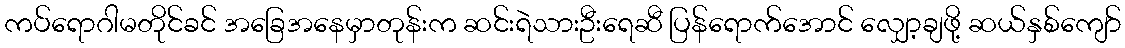
ကပ်ရောဂါမတိုင်ခင် အခြေအနေမှာတုန်းက ဆင်းရဲသားဦးရေဆီ ပြန်ရောက်အောင် လျှော့ချဖို့ ဆယ်နှစ်ကျော်